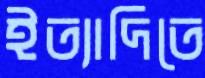
ইত্যাদিতে